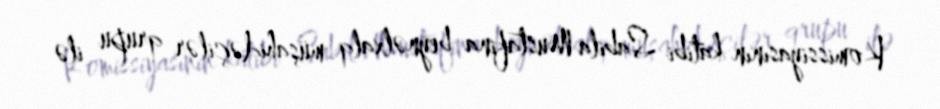
Komissiyasının katibi Sabila Mustafina beynəlxalq müşahidəçilər qrupu ilə